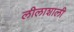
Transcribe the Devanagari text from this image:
लीलाशाली